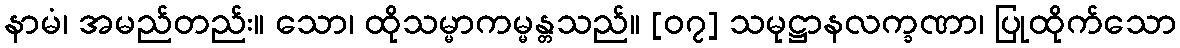
နာမံ၊ အမည်တည်း။ သော၊ ထိုသမ္မာကမ္မန္တသည်။ [၀၇] သမုဋ္ဌာနလက္ခဏာ၊ ပြုထိုက်သော